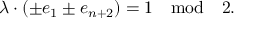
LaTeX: \lambda \cdot ( \pm e _ { 1 } \pm e _ { n + 2 } ) = 1 \quad \mathrm { m o d } \quad 2 .